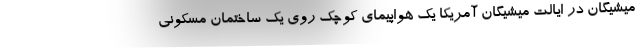
میشیگان در ایالت میشیگان آمریکا یک هواپیمای کوچک روی یک ساختمان مسکونی